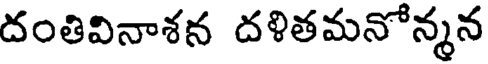
దంతివినాశన దళితమనోన్మన